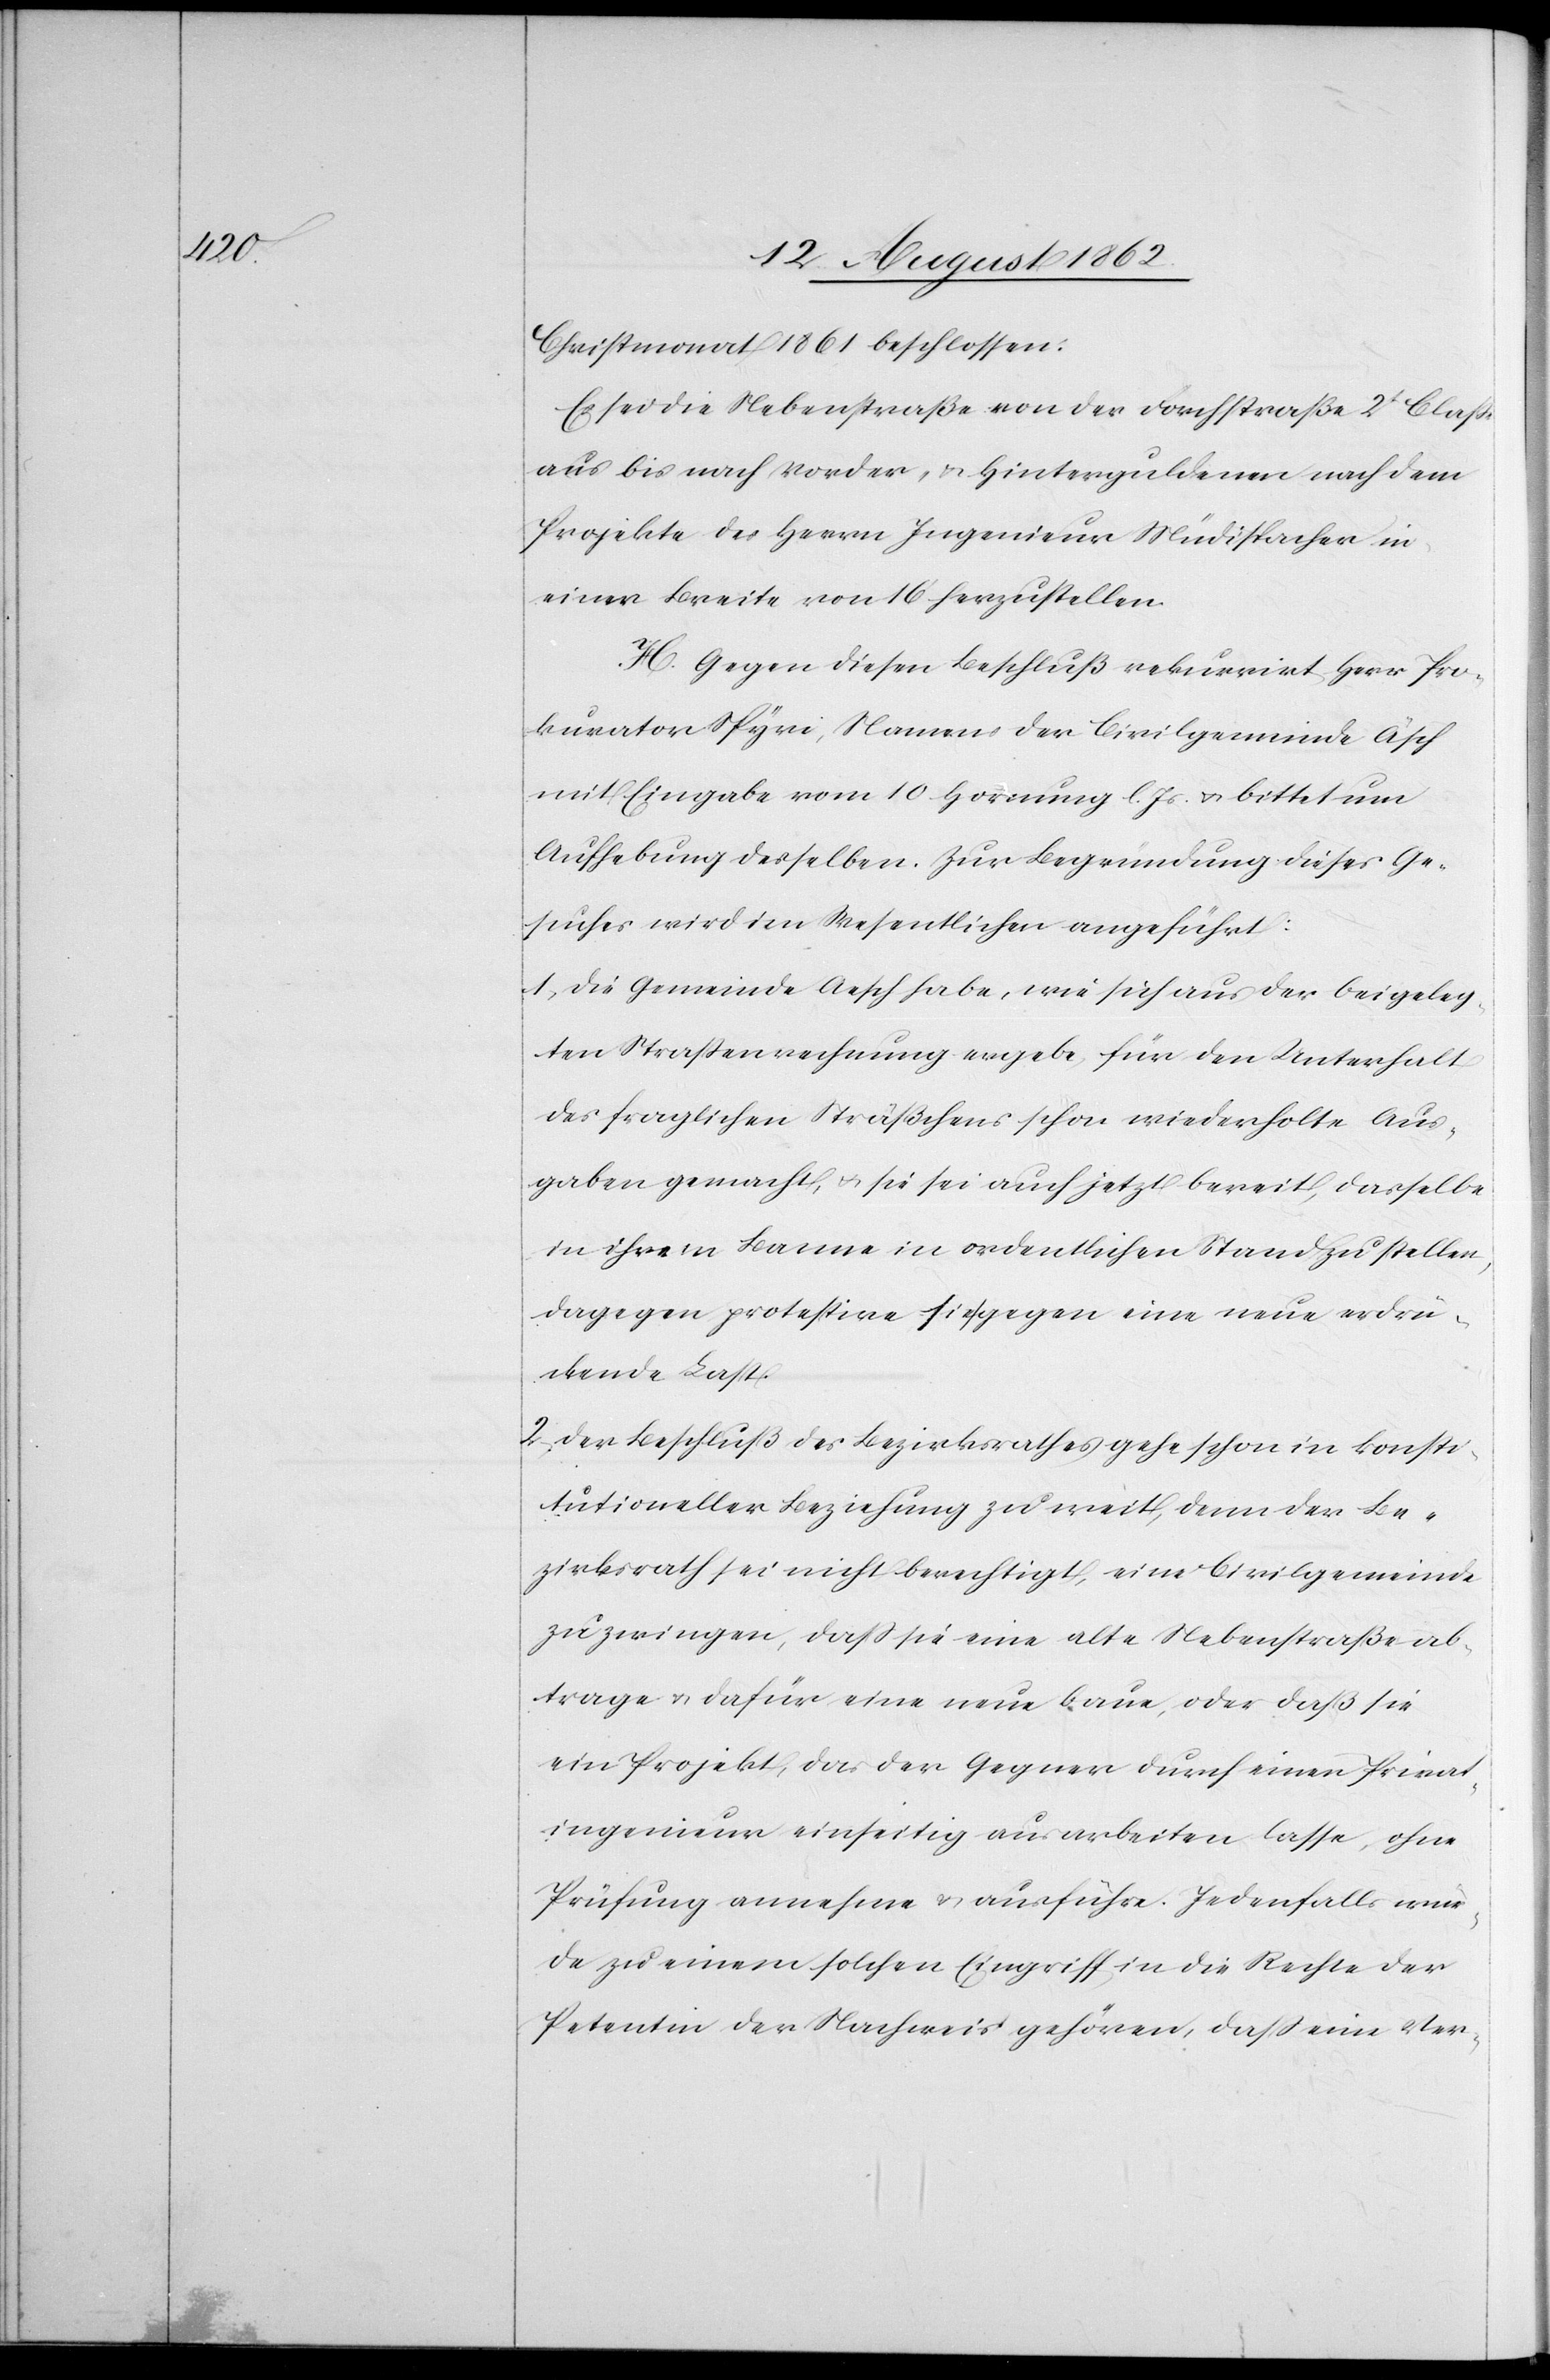
Christmonat 1861 beschlossen:
Es sei die Nebenstraße von der Forchstraße 2t Classe
aus bis nach Vorder- u. Hinterguldenen nach dem
Projekte des Herrn Ingenieur Müdispacher in
einer Breite von 16’ herzustellen.
H. Gegen diesen Beschluß rekurrirt Herr Pro¬
kurator Spyri, Namens der Civilgemeinde Äsch
mit Eingabe vom 10. Hornung l. Js. u. bittet um
Aufhebung desselben. Zur Begründung dieses Ge¬
suches wird im Wesentlichen angeführt:
1. Die Gemeinde Aesch habe, wie sich aus der beigeleg¬
ten Straßenrechnung ergebe, für den Unterhalt
des fraglichen Sträßchens schon wiederholte Aus¬
gaben gemacht, u. sie sei auch jetzt bereit, dasselbe
in ihrem Banne in ordentlichen Stand zu stellen,
dagegen protestire sie gegen eine neue erdrü¬
ckende Last.
2. Der Beschluß des Bezirksrathes gehe schon in konsti¬
tutioneller Beziehung zu weit, denn der Be¬
zirksrath sei nicht berechtigt, eine Civilgemeinde
zu zwingen, daß sie eine alte Nebenstraße ab¬
trage u. dafür eine neue baue, oder daß sie
ein Projekt, das der Gegner durch einen Privat¬
ingenieur einseitig ausarbeiten lasse, ohne
Prüfung annehme u. ausführe. Jedenfalls wur¬
de zu einem solchen Eingriff in die Rechte der
Petentin der Nachweis gehören, daß eine Ver-